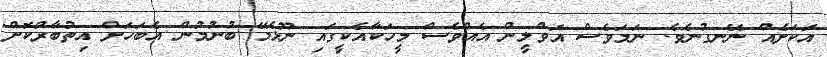
އަކަށެއް ނޭނގުނެވެ. ނަމަވެސް އަވްލީން އެއްވެސް މީހަކާއެކީގައި ނޫޅެމޭ ބުނުމުން އެބަހަށް އިތުބާރުކޮށް